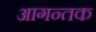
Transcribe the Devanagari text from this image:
आगन्तक